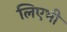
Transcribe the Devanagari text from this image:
लिएभी